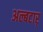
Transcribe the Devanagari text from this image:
अल्बटार्